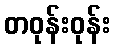
တဝုန်းဝုန်း